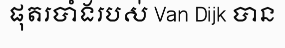
ផុតរបាំងរបស់ Van Dijk បាន